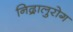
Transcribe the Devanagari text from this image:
निद्रालुरोग